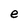
Character: e